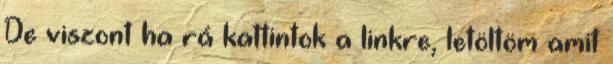
De viszont ha rá kattintok a linkre, letöltöm amit